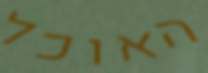
האוכל